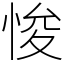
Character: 悛